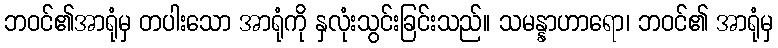
ဘဝင်၏အာရုံမှ တပါးသော အာရုံကို နှလုံးသွင်းခြင်းသည်။ သမန္နာဟာရော၊ ဘဝင်၏ အာရုံမှ